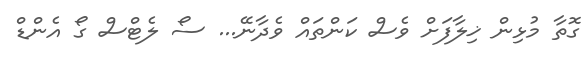
ގޮތާ މުޅިން ޚިލާފަށް ވެސް ކަންތައް ވެދާނޭ... ސޯ ލެޓްސް ގޯ އެންޑް